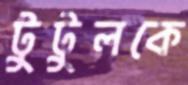
টুটুলকে